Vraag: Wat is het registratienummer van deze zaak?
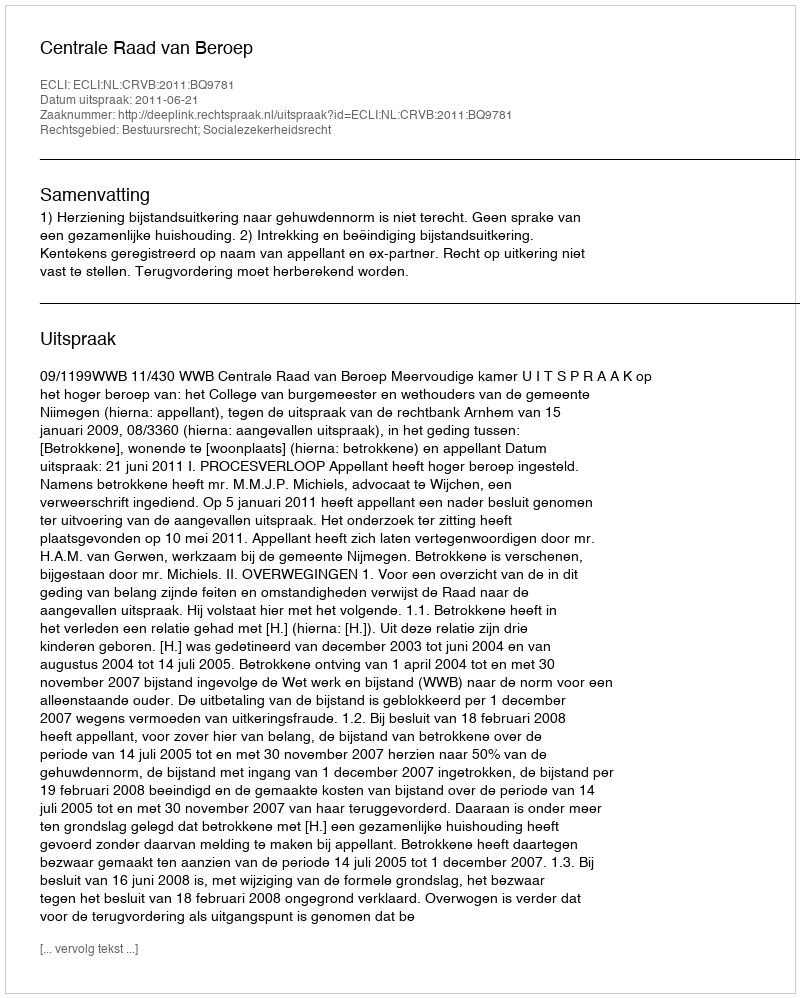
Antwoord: http://deeplink.rechtspraak.nl/uitspraak?id=ECLI:NL:CRVB:2011:BQ9781